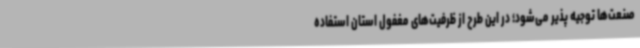
صنعت‌ها توجیه پذیر می‌شود؛ در این طرح از ظرفیت‌های مغفول استان استفاده